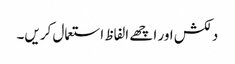
دلکش اور اچھے الفاظ استعمال کریں۔